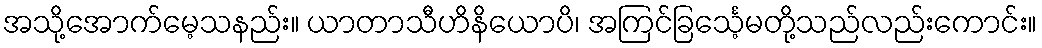
အသို့အောက်မေ့သနည်း။ ယာတာသီဟိနိယောပိ၊ အကြင်ခြင်္သေ့မတို့သည်လည်းကောင်း။